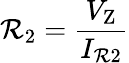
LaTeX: \mathcal{R}_{2}={\frac{{V_{\mathrm{{Z}}}}}{{I_{\mathrm{{\mathcal{R}2}}}}}}